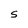
Character: S